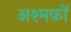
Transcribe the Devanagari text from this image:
अश्मकों